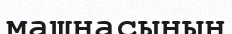
машнасының